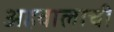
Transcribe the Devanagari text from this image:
अहवालाची